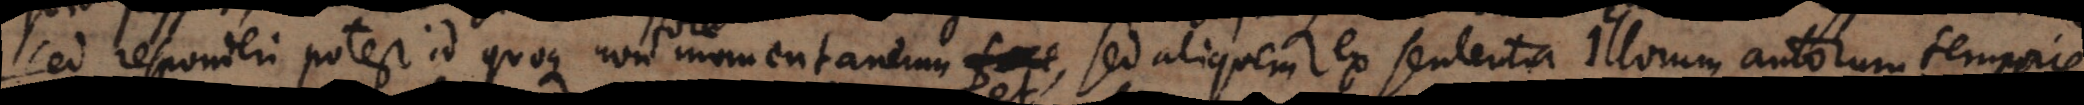
sed responderi potest id quoque non momentaneum, sed aliquem ex sententia illorum autorum temporis